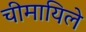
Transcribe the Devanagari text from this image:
चीमायिले